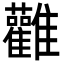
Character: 𮦃